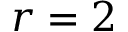
r = 2